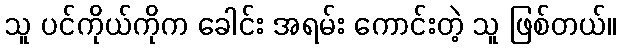
သူ ပင်ကိုယ်ကိုက ခေါင်း အရမ်း ကောင်းတဲ့ သူ ဖြစ်တယ်။